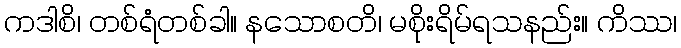
ကဒါစိ၊ တစ်ရံတစ်ခါ။ နသောစတိ၊ မစိုးရိမ်ရသနည်း။ ကိဿ၊